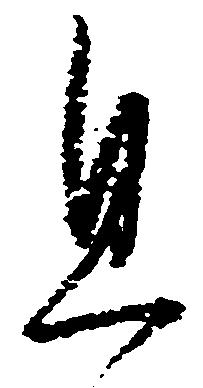
且